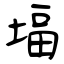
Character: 堛